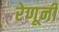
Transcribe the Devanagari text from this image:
रेणूनी